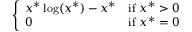
\left\{ \begin{array} { l l } { x ^ { * } \log ( x ^ { * } ) - x ^ { * } } & { { \mathrm { i f ~ } } x ^ { * } > 0 } \\ { 0 } & { { \mathrm { i f ~ } } x ^ { * } = 0 } \end{array} \right.